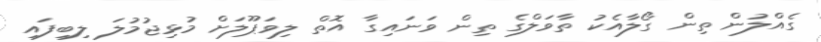
ގެއްލުން ތިން ގޯލާއެކު ތާވަލްގެ ތިން ވަނައިގާ އޮތް ލިވަޕޫލަށް މުޅިޖުމުލަ ލިބިފައި